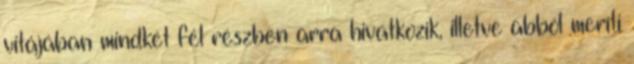
vitájában mindkét fél részben arra hivatkozik, illetve abból meríti